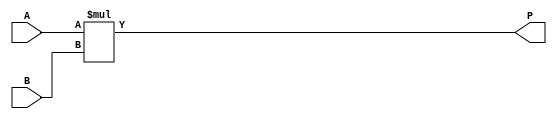
`timescale 1ns / 1ps
//////////////////////////////////////////////////////////////////////////////////
// Company: 
// 
// Design Name: 
// Module Name: unsigned_integer_multiplier_inferred
// Project Name: 
// Target Devices: 
// Tool Versions: 
// Description: 
// 
// Dependencies: 
// 
// Revision:
// Revision 0.01 - File Created
// Additional Comments:
// 
//////////////////////////////////////////////////////////////////////////////////


module unsigned_integer_multiplier_inferred(
input [3:0] A,
input [3:0] B,
output reg [7:0] P
    );
always @ (*)
    P <= A * B;
endmodule